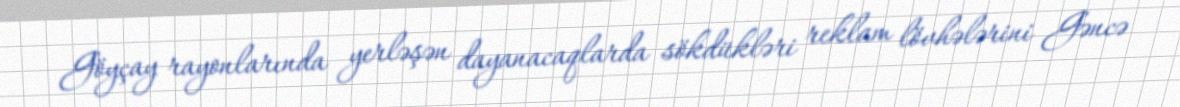
Göyçay rayonlarında yerləşən dayanacaqlarda sökdükləri reklam lövhələrini Gəncə